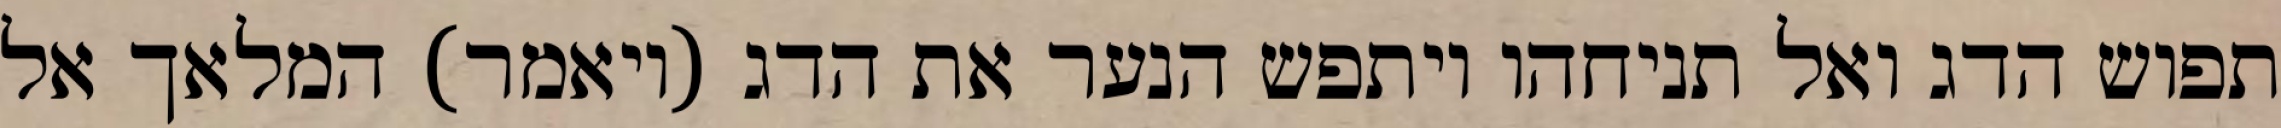
תפוש הדג ואל תניחהו ויתפש הנער את הדג (ויאמר) המלאך אל